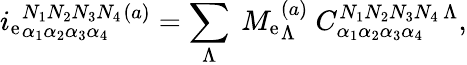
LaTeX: i_{\mathrm{e}}{}_{\alpha_{1}\alpha_{2}\alpha_{3}\alpha_{4}}^{N_{1}N_{2}N_{3}N_{4}}{}^{(a)}=\sum_{\Lambda}\ M_{\mathrm{e}}{}_{\Lambda}^{(a)}\ {C}_{\alpha_{1}\alpha_{2}\alpha_{3}\alpha_{4}}^{N_{1}N_{2}N_{3}N_{4}\, \Lambda},